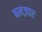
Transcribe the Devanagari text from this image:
बमज़ार